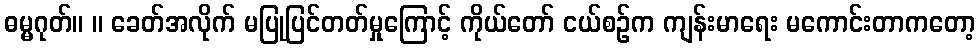
ဓမ္မဂုတ်။ ။ ခေတ်အလိုက် မပြုပြင်တတ်မှုကြောင့် ကိုယ်တော် ငယ်စဉ်က ကျန်းမာရေး မကောင်းတာကတော့